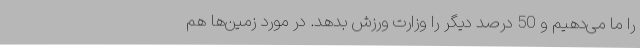
را ما می‌دهیم و 50 درصد دیگر را وزارت ورزش بدهد. در مورد زمین‌ها هم